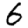
Digit: 6